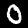
Label: 0